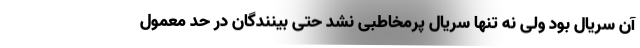
آن سریال بود ولی نه تنها سریال پرمخاطبی نشد حتی بینندگان در حد معمول